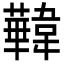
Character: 𩏧